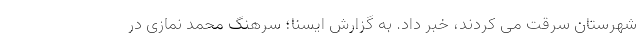
شهرستان سرقت می کردند، خبر داد. به گزارش ایسنا؛ سرهنگ محمد نمازی در